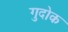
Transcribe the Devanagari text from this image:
गुदोक